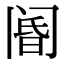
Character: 阍